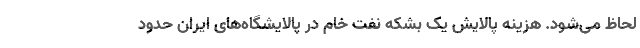
لحاظ می‌شود. هزینه پالایش یک بشکه نفت خام در پالایشگاه‌های ایران حدود